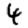
Digit: 4